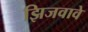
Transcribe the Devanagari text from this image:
झिजवावे